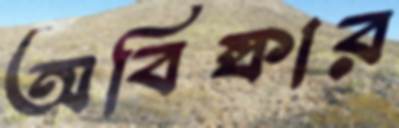
অবিষ্কার